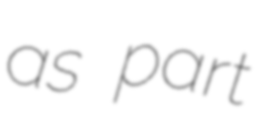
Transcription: as part